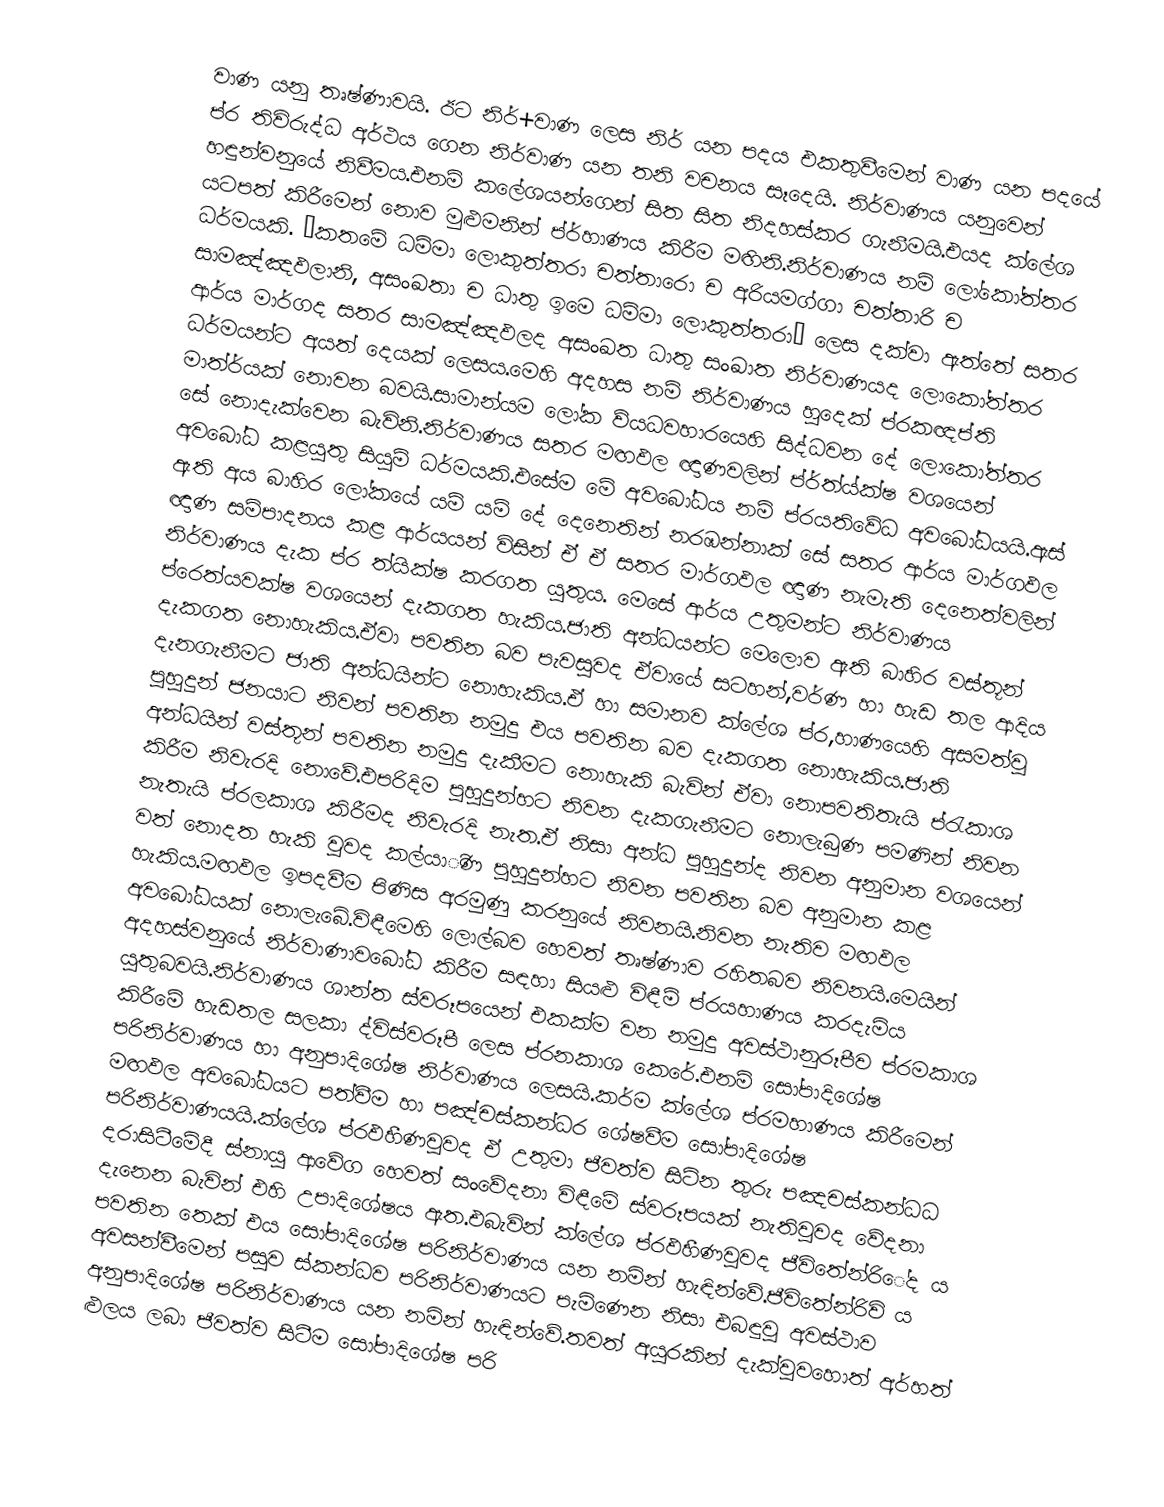
වාණ යනු තෘෂ්ණාවයි. ඊට නිර්+වාණ ලෙස නිර් යන පදය එකතුවීමෙන් වාණ යන පදයේ ප්ර තිවිරුද්ධ අර්ථය ගෙන නිර්වාණ යන තනි වචනය සෑදෙයි. නිර්වාණය යනුවෙන් හඳුන්වනුයේ නිවීමය.එනම් කලේශයන්ගෙන් සිත සිත නිදහස්කර ගැනීමයි.එයද ක්ලේශ යටපත් කිරීමෙන් නොව මුළුමනින් ප්ර්හාණය කිරීම මඟිනි.නිර්වාණය නම් ලෝකෝත්තර ධර්මයකි. “කතමේ ධම්මා ලොකුත්තරා චත්තාරො ච අරියමග්ගා චත්තාරි ච සාමඤ්ඤඵලානි, අසංඛතා ච ධාතු ඉමෙ ධම්මා ලොකුත්තරා” ලෙස දක්වා ඇත්තේ සතර ආර්ය මාර්ගද සතර සාමඤ්ඤඵලද අසංඛත ධාතු සංඛාත නිර්වාණයද ලොකෝත්තර ධර්මයන්ට අයත් දෙයක් ලෙසය.මෙහි අදහස නම් නිර්වාණය හුදෙක් ප්රකඥප්ති මාත්ර්යක් නොවන බවයි.සාමාන්යම ලෝක ව්යධවහාරයෙහි සිද්ධවන දේ ලොකෝත්තර සේ නොදැක්වෙන බැවිනි.නිර්වාණය සතර මඟඵල ඥාණවලින් ප්ර්ත්ය්ක්ෂ වශයෙන් අවබෝධ කළයුතු සියුම් ධර්මයකි.එසේම මේ අවබෝධය නම් ප්රයතිවේධ අවබෝධයයි.ඇස් ඇති අය බාහිර ලෝකයේ යම් යම් දේ දෙනෙතින් නරඹන්නාක් සේ සතර ආර්ය මාර්ගඵල ඥාණ සම්පාදනය කළ ආර්යයන් විසින් ඒ ඒ සතර මාර්ගඵල ඥාණ නැමැති දෙනෙත්වලින් නිර්වාණය දැක ප්ර ත්යික්ෂ කරගත යුතුය. මෙසේ ආර්ය උතුමන්ට නිර්වාණය ප්රෙත්යවක්ෂ වශයෙන් දැකගත හැකිය.ජාති අන්ධයන්ට මෙලොව ඇති බාහිර වස්තූන් දැකගත නොහැකිය.ඒවා පවතින බව පැවසුවද ඒවායේ සටහන්,වර්ණ හා හැඩ තල ආදිය දැනගැනීමට ජාති අන්ධයින්ට නොහැකිය.ඒ හා සමානව ක්ලේශ ප්ර,හාණයෙහි අසමත්වූ පුහුදුන් ජනයාට නිවන් පවතින නමුදු එය පවතින බව දැකගත නොහැකිය.ජාති අන්ධයින් වස්තූන් පවතින නමුදු දැකීමට නොහැකි බැවින් ඒවා නොපවතිතැයි ප්රැකාශ කිරීම නිවැරදි නොවේ.එපරිදිම පුහුදුන්හට නිවන දැකගැනීමට නොලැබුණ පමණින් නිවන නැතැයි ප්රලකාශ කිරීමද නිවැරදි නැත.ඒ නිසා අන්ධ පුහුදුන්ද නිවන අනුමාන වශයෙන් වත් නොදත හැකි වුවද කල්යාිණ පුහුදුන්හට නිවන පවතින බව අනුමාන කළ හැකිය.මඟඵල ඉපදවීම පිණිස අරමුණු කරනුයේ නිවනයි.නිවන නැතිව මඟඵල අවබෝධයක් නොලැබේ.විඳීමෙහි ලොල්බව හෙවත් තෘෂ්ණාව රහිතබව නිවනයි.මෙයින් අදහස්වනුයේ නිර්වාණාවබෝධ කිරීම සඳහා සියළු විඳීම් ප්රයහාණය කරදැමිය යුතුබවයි.නිර්වාණය ශාන්ත ස්වරූපයෙන් එකක්ම වන නමුදු අවස්ථානුරූපීව ප්රමකාශ කිරීමේ හැඩතල සලකා ද්විස්වරූපී ලෙස ප්රනකාශ කෙරේ.එනම් සෝපාදිශේෂ පරිනිර්වාණය හා අනුපාදිශේෂ නිර්වාණය ලෙසයි.කර්ම ක්ලේශ ප්රමහාණය කිරීමෙන් මඟඵල අවබෝධයට පත්වීම හා පඤ්චස්කන්ධර ශේෂවීම සෝපාදිශේෂ පරිනිර්වාණයයි.ක්ලේශ ප්රඵහීණවුවද ඒ උතුමා ජීවත්ව සිටින තුරු පඤචස්කන්ධධ දරාසිටීමේදී ස්නායු ආවේග හෙවත් සංවේදනා විඳීමේ ස්වරූපයක් නැතිවුවද වේදනා දැනෙන බැවින් එහි උපාදිශේෂය ඇත.එබැවින් ක්ලේශ ප්රඵහීණවුවද ජීවිතේන්රිේද  ය පවතින තෙක් එය සෝපාදිශේෂ පරිනිර්වාණය යන නමින් හැඳින්වේ.ජීවිතේන්රිවි  ය අවසන්වීමෙන් පසුව ස්කන්ධව පරිනිර්වාණයට පැමිණෙන නිසා එබඳුවූ අවස්ථාව අනුපාදිශේෂ පරිනිර්වාණය යන නමින් හැඳින්වේ.තවත් අයුරකින් දැක්වුවහොත් අර්හත් ළුලය ලබා ජීවත්ව සිටීම සෝපාදිශේෂ පරි